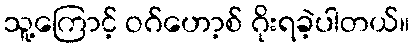
သူ့ကြောင့် ဝဂ်ဟော့စ် ဂိုးရခဲ့ပါတယ်။